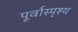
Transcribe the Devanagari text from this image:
पूर्वास्पृश्य